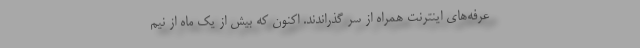
عرفه‌های اینترنت همراه از سر گذراندند. اکنون که بیش از یک ماه از نیم